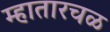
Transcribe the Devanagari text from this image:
म्हातारचळ